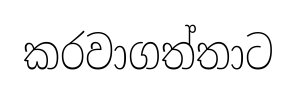
කරවාගත්තාට